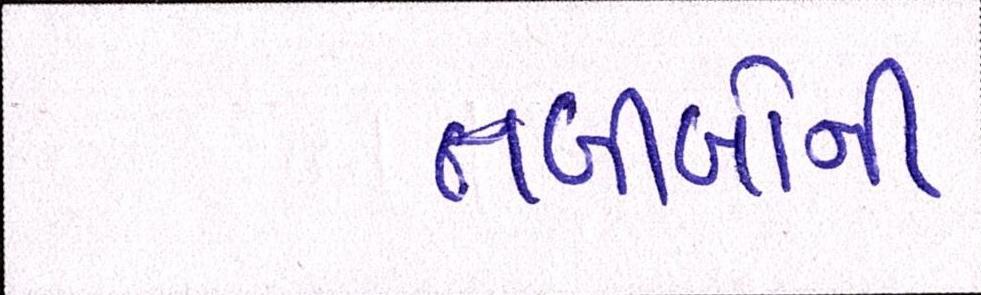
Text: તબીબોની